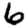
Digit: 6